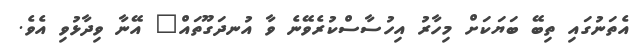
އެތަނުގައި ތިބޭ ބަޔަކަށް މިހާރު އިހުސާސްކުރެވޭނެ ވާ އުނދަގޫތައް" އޭނާ ވިދާޅުވި އެވެ.